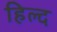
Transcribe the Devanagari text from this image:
हिल्द